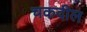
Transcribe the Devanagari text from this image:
चकदील